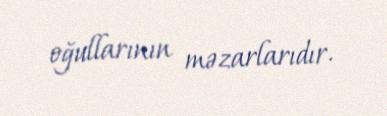
oğullarının məzarlarıdır.